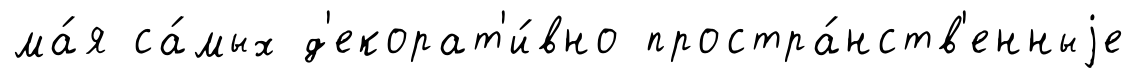
ма́я са́мых д'екорат'и́вно простра́нств'енныjе